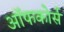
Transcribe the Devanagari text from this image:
ऑफकोर्स